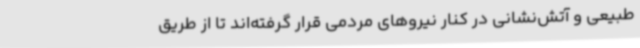
طبیعی و آتش‌نشانی در کنار نیروهای مردمی قرار گرفته‌اند تا از طریق